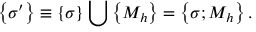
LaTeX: \left\{ \sigma ^ { \prime } \right\} \equiv \left\{ \sigma \right\} \bigcup \left\{ M _ { h } \right\} = \left\{ \sigma ; M _ { h } \right\} .